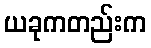
ယခုကတည်းက